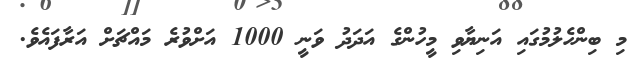
މި ބިންހެލުމުގައި އަނިޔާވި މީހުންގެ އަދަދު ވަނީ 1000 އަށްވުރެ މައްޗަށް އަރާފައެވެ.